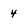
Character: 4